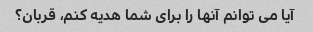
آیا می توانم آنها را برای شما هدیه کنم، قربان؟